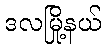
ဒလမြို့နယ်